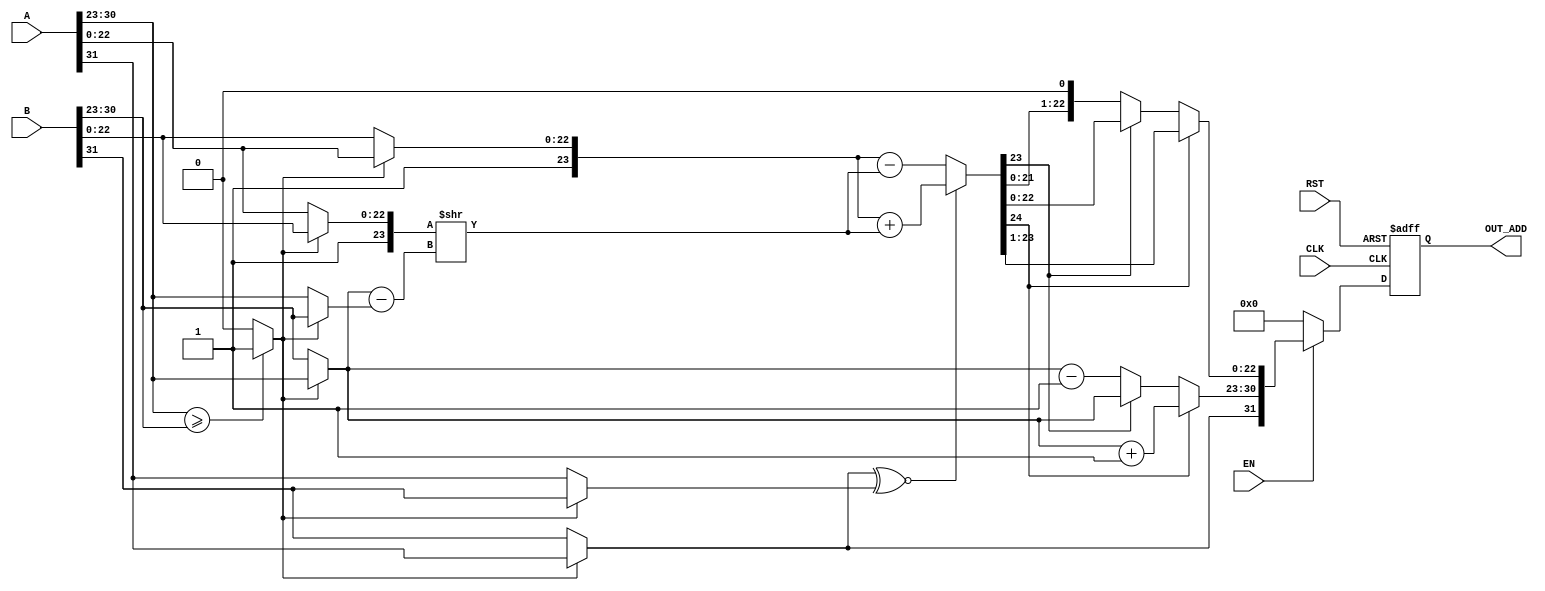

module F_Addition

                        
(input [31:0]   A, 
 input [31:0]   B,       
              
input  wire                       CLK ,
input  wire                       RST ,
input  wire                       EN ,
output reg  [31:0]          OUT_ADD 
);


//internal sigs.......

 reg  [31:0]    result;
reg [23:0] A_Mantissa,B_Mantissa;
reg [23:0]    Temp_Mantissa;
reg [22:0]       Mantissa;
reg [7:0]        Exponent;
reg            Sign;
wire            MSB;
reg [7:0]   A_Exponent,B_Exponent,Temp_Exponent,diff_Exponent;
reg         A_sign,B_sign,Temp_sign;
reg [32:0]      Temp;
reg             carry;
reg [2:0]     one_hot;
reg             comp;
reg [7:0] exp_adjust;


//sequential always
always @ (posedge CLK or negedge RST)
 begin 
   if (!RST)
     begin
     OUT_ADD <= 'b0 ;
	 end
   else
     begin   
      OUT_ADD  <= result ;
	 end
 end	





always @(*)
begin

comp =  (A[30:23] >= B[30:23])? 1'b1 : 1'b0;
  
A_Mantissa = comp ? {1'b1,A[22:0]} : {1'b1,B[22:0]};
A_Exponent = comp ? A[30:23] : B[30:23];
A_sign = comp ? A[31] : B[31];
  
B_Mantissa = comp ? {1'b1,B[22:0]} : {1'b1,A[22:0]};
B_Exponent = comp ? B[30:23] : A[30:23];
B_sign = comp ? B[31] : A[31];

diff_Exponent = A_Exponent-B_Exponent;
B_Mantissa = (B_Mantissa >> diff_Exponent);
{carry,Temp_Mantissa} =  (A_sign ~^ B_sign)? A_Mantissa + B_Mantissa : A_Mantissa-B_Mantissa ; 
exp_adjust = A_Exponent;
if(carry)
    begin
        Temp_Mantissa = Temp_Mantissa>>1;
        exp_adjust = exp_adjust+1'b1;
    end
else
    begin
   if(!Temp_Mantissa[23])
        begin
           Temp_Mantissa = Temp_Mantissa<<1;
           exp_adjust =  exp_adjust-1'b1;
        end
    end
 if (EN)
    begin
	Sign = A_sign;
Mantissa = Temp_Mantissa[22:0];
Exponent = exp_adjust;
        result = {Sign,Exponent,Mantissa};

    end
  else
    begin
       result = 0;
     end
    
    
    







//Temp_Mantissa = (A_sign ~^ B_sign) ? (carry ? Temp_Mantissa>>1 : Temp_Mantissa) : (0); 
//Temp_Exponent = carry ? A_Exponent + 1'b1 : A_Exponent; 
//Temp_sign = A_sign;
//result = {Temp_sign,Temp_Exponent,Temp_Mantissa[22:0]};
end



endmodule